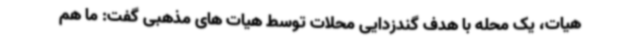
هیات، یک محله با هدف گندزدایی محلات توسط هیات های مذهبی گفت: ما هم